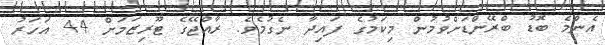
އެންމެ ބޮޑު ބްރޭންޑަށްވުމުން މިކަމުގެ ފައިދާ ނެގުމެވެ. ރާއްޖޭގެ ޓޫރިޒަމަށް 44 އަހަރު